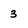
Character: 3